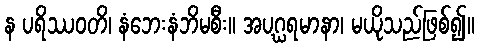
န ပရိဿဝတိ၊ နံဘေးနံဘိမစီး။ အပဂ္ဃရမာနာ၊ မယိုသည်ဖြစ်၍။